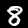
Label: 8